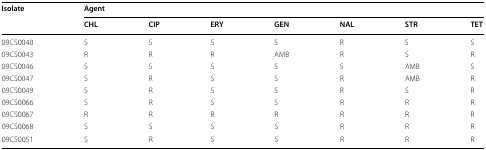
<table><thead><tr><td rowspan="2"><b>Isolate</b></td><td colspan="7"><b>Agent</b></td></tr><tr><td><b>CHL</b></td><td><b>CIP</b></td><td><b>ERY</b></td><td><b>GEN</b></td><td><b>NAL</b></td><td><b>STR</b></td><td><b>TET</b></td></tr></thead><tbody><tr><td>09CS0040</td><td>S</td><td>S</td><td>S</td><td>S</td><td>R</td><td>S</td><td>S</td></tr><tr><td>09CS0043</td><td>R</td><td>R</td><td>R</td><td>AMB</td><td>R</td><td>S</td><td>R</td></tr><tr><td>09CS0046</td><td>S</td><td>S</td><td>S</td><td>S</td><td>S</td><td>AMB</td><td>S</td></tr><tr><td>09CS0047</td><td>S</td><td>R</td><td>S</td><td>S</td><td>R</td><td>AMB</td><td>R</td></tr><tr><td>09CS0049</td><td>S</td><td>R</td><td>S</td><td>S</td><td>R</td><td>S</td><td>R</td></tr><tr><td>09CS0066</td><td>S</td><td>R</td><td>S</td><td>S</td><td>R</td><td>R</td><td>R</td></tr><tr><td>09CS0067</td><td>R</td><td>R</td><td>R</td><td>R</td><td>R</td><td>R</td><td>R</td></tr><tr><td>09CS0068</td><td>S</td><td>S</td><td>S</td><td>S</td><td>R</td><td>R</td><td>R</td></tr><tr><td>09CS0051</td><td>S</td><td>R</td><td>S</td><td>S</td><td>R</td><td>R</td><td>R</td></tr></tbody></table>